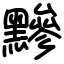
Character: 黲